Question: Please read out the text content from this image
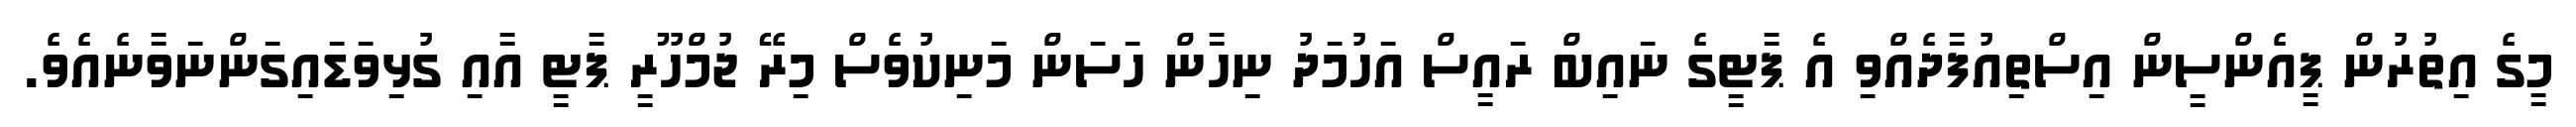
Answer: މީގެ އިތުރުން ޕީއެންސީން އިސްތިއުފާދެއްވި އެ ޕާޓީގެ ނައިބް ރައީސް އަހުމަދު ނިހާން ހަސަން މަނިކުވެސް މިރޭ ޖުމްހޫރީ ޕާޓީ އާއި ގުޅިވަޑައިގަންނަވާނެއެވެ.